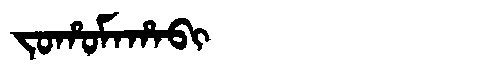
Manchu: ᠵᠣᡥᠣᠮᠠᡥᠠᠪᡳ
Romanization: JOHOMAHABI